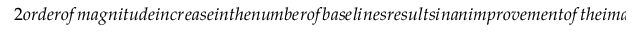
2 o r d e r o f m a g n i t u d e i n c r e a s e i n t h e n u m b e r o f b a s e l i n e s r e s u l t s i n a n i m p r o v e m e n t o f t h e i m a g i n g d y n a m i c r a n g e b y a t l e a s t t w o o r d e r s o f m a g n i t u d e ( f r o m a f e w